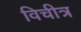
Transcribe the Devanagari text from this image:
विचीत्र